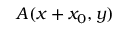
A ( x + x _ { 0 } , y )